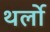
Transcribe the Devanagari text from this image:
थर्लो